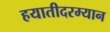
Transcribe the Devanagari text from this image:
हयातीदरम्यान